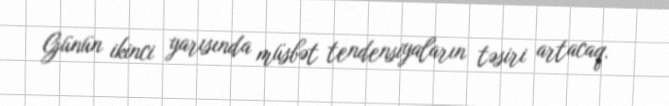
Günün ikinci yarısında müsbət tendensiyaların təsiri artacaq.